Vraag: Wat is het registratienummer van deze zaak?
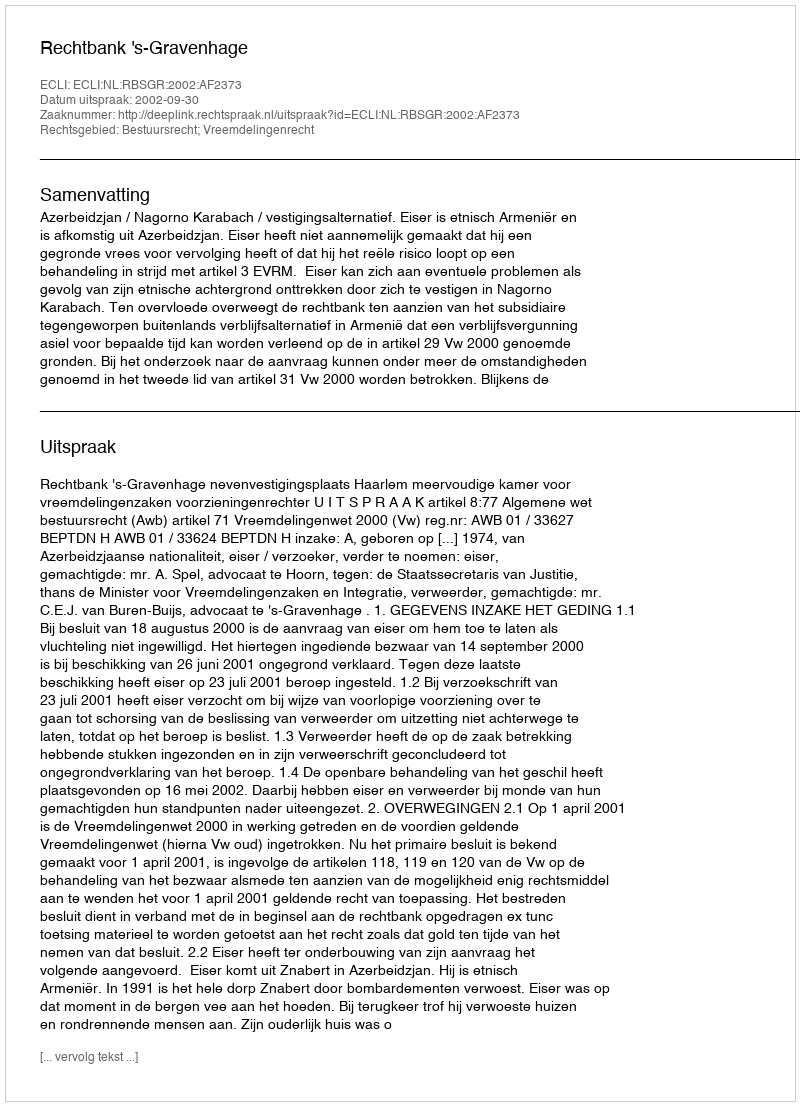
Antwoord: http://deeplink.rechtspraak.nl/uitspraak?id=ECLI:NL:RBSGR:2002:AF2373